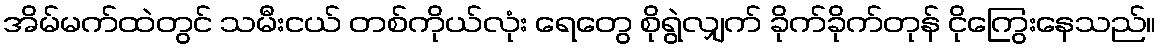
အိမ်မက်ထဲတွင် သမီးငယ် တစ်ကိုယ်လုံး ရေတွေ စိုရွဲလျှက် ခိုက်ခိုက်တုန် ငိုကြွေးနေသည်။